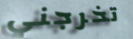
تخرجني